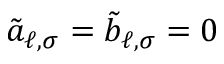
\tilde { a } _ { \ell , \sigma } = \tilde { b } _ { \ell , \sigma } = 0